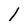
Character: l